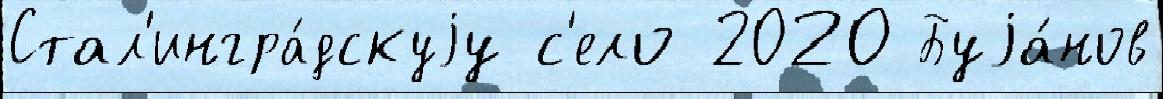
Стал'ингра́дскуjу с'ело 2020 Буjа́нов